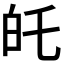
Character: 𭽉